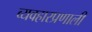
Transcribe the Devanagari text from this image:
व्यवहारप्रणाली